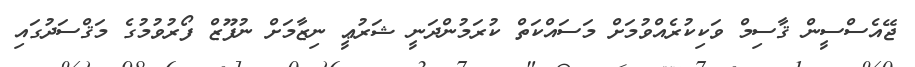
ޖޭއެސްސީން ޤާސިމް ވަކިކުރެއްވުމަށް މަސައްކަތް ކުރަމުންދަނީ ޝަރުޢީ ނިޒާމަށް ނުފޫޒް ފޯރުވުމުގެ މަޤްސަދުގައި